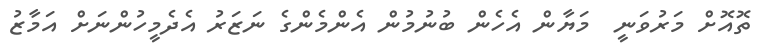
ތޮއޮށް މަރުވަނީ  މަޔާން އެހެން ބުނުމުން އެންމެންގެ ނަޒަރު އެދެމީހުންނަށް އަމާޒު